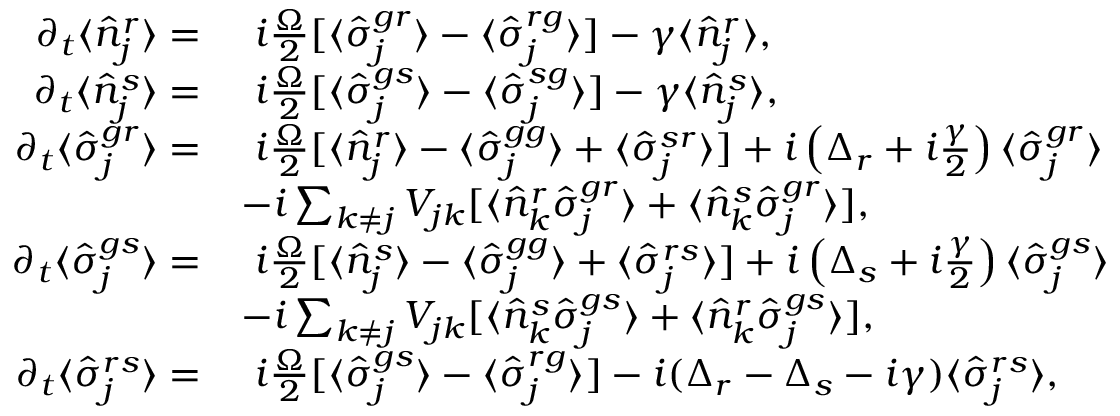
\begin{array} { r l } { \partial _ { t } \langle \hat { n } _ { j } ^ { r } \rangle = } & { \ i \frac { \Omega } { 2 } [ \langle \hat { \sigma } _ { j } ^ { g r } \rangle - \langle \hat { \sigma } _ { j } ^ { r g } \rangle ] - \gamma \langle \hat { n } _ { j } ^ { r } \rangle , } \\ { \partial _ { t } \langle \hat { n } _ { j } ^ { s } \rangle = } & { \ i \frac { \Omega } { 2 } [ \langle \hat { \sigma } _ { j } ^ { g s } \rangle - \langle \hat { \sigma } _ { j } ^ { s g } \rangle ] - \gamma \langle \hat { n } _ { j } ^ { s } \rangle , } \\ { \partial _ { t } \langle \hat { \sigma } _ { j } ^ { g r } \rangle = } & { \ i \frac { \Omega } { 2 } [ \langle \hat { n } _ { j } ^ { r } \rangle - \langle \hat { \sigma } _ { j } ^ { g g } \rangle + \langle \hat { \sigma } _ { j } ^ { s r } \rangle ] + i \left( \Delta _ { r } + i \frac { \gamma } { 2 } \right) \langle \hat { \sigma } _ { j } ^ { g r } \rangle } \\ & { - i \sum _ { k \neq j } V _ { j k } [ \langle \hat { n } _ { k } ^ { r } \hat { \sigma } _ { j } ^ { g r } \rangle + \langle \hat { n } _ { k } ^ { s } \hat { \sigma } _ { j } ^ { g r } \rangle ] , } \\ { \partial _ { t } \langle \hat { \sigma } _ { j } ^ { g s } \rangle = } & { \ i \frac { \Omega } { 2 } [ \langle \hat { n } _ { j } ^ { s } \rangle - \langle \hat { \sigma } _ { j } ^ { g g } \rangle + \langle \hat { \sigma } _ { j } ^ { r s } \rangle ] + i \left( \Delta _ { s } + i \frac { \gamma } { 2 } \right) \langle \hat { \sigma } _ { j } ^ { g s } \rangle } \\ & { - i \sum _ { k \neq j } V _ { j k } [ \langle \hat { n } _ { k } ^ { s } \hat { \sigma } _ { j } ^ { g s } \rangle + \langle \hat { n } _ { k } ^ { r } \hat { \sigma } _ { j } ^ { g s } \rangle ] , } \\ { \partial _ { t } \langle \hat { \sigma } _ { j } ^ { r s } \rangle = } & { \ i \frac { \Omega } { 2 } [ \langle \hat { \sigma } _ { j } ^ { g s } \rangle - \langle \hat { \sigma } _ { j } ^ { r g } \rangle ] - i ( \Delta _ { r } - \Delta _ { s } - i { \gamma } ) \langle \hat { \sigma } _ { j } ^ { r s } \rangle , } \end{array}